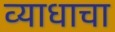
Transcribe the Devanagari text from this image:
व्याधाचा